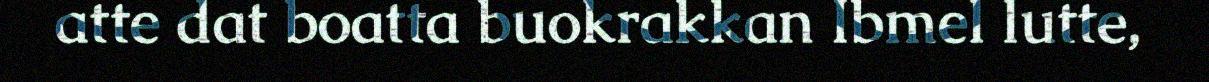
atte dat boatta buokrakkan Ibmel lutte,